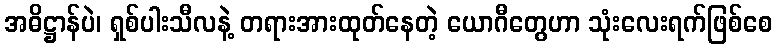
အဓိဋ္ဌာန်ပဲ၊ ရှစ်ပါးသီလနဲ့ တရားအားထုတ်နေတဲ့ ယောဂီတွေဟာ သုံးလေးရက်ဖြစ်စေ